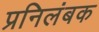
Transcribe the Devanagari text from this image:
प्रनिलंबक